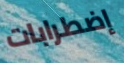
إضطرابات